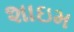
શાઇમ